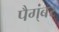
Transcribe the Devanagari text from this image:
पैग्ंबर